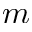
m